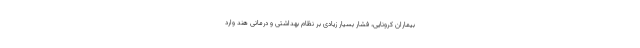
بیماران کرونایی، فشار بسیار زیادی بر نظام بهداشتی و درمانی هند وارد